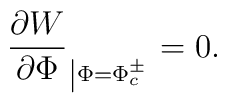
\frac{\partial W}{\partial \Phi}_{\left|\Phi = \Phi_c ^\pm\right. } =0.